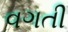
વગતી